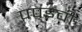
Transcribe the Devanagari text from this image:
पपइची